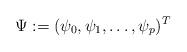
LaTeX: \begin{align*}\Psi := ( \psi_{0} , \psi_{1} , \ldots , \psi_{p} )^{T} \end{align*}